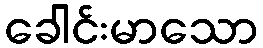
ခေါင်းမာသော